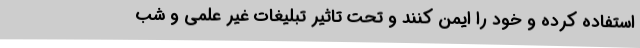
استفاده کرده و خود را ایمن کنند و تحت تاثیر تبلیغات غیر علمی و شب